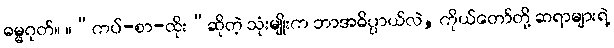
ဓမ္မဂုတ်။ ။“ကပ်-စာ-ထိုး”ဆိုတဲ့ သုံးမျိုးက ဘာအဓိပ္ပာယ်လဲ, ကိုယ်တော်တို့ ဆရာများရဲ့